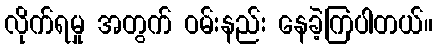
လိုက်ရမှု အတွက် ဝမ်းနည်း နေခဲ့ကြပါတယ်။